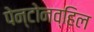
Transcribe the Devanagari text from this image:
पेन्टोनव्हिल